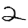
Digit: 2